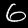
Digit: 6